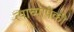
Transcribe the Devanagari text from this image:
त्याच्यापैकी